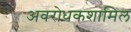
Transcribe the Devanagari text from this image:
अवरोधकशामिल